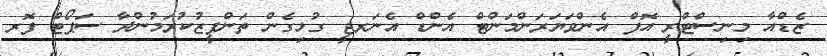
ޒެޑްއާ މިނިސްޓްރީ އޮފް އެންވަޔަރަންމަންޓް އެންޑް އެނަރޖީ ގުޅިގެން ތަންފީޒުކުރަމުންދާ ސަޕޯޓް ފޮރ